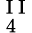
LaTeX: _{\mathrm{~4~}}^{\mathrm{~I~I~}}